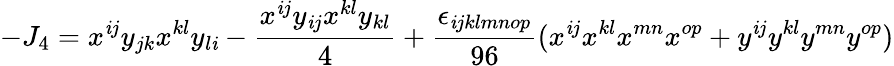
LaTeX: -J_{4}=x^{\mathit{i}j}y_{jk}x^{kl}y_{l\mathit{i}}-{\frac{{x^{\mathit{i}j}y_{\mathit{i}j}x^{kl}y_{kl}}}{{4}}}+{\frac{{\epsilon_{\mathit{i}jklmnop}}}{{96}}}(x^{\mathit{i}j}x^{kl}x^{mn}x^{op}+y^{\mathit{i}j}y^{kl}y^{mn}y^{op})